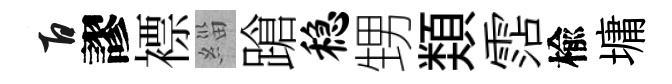
百謬褾緇蹌稳甥𩔖霑楡墉